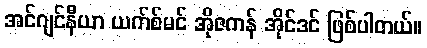
အင်ဂျင်နီယာ ယက်စ်မင် အိုဇကန် အိုင်ဒင် ဖြစ်ပါတယ်။